Vaccination North-Western Provinces and Oudh 1896-1901 - 1896-1901
Year: 1896
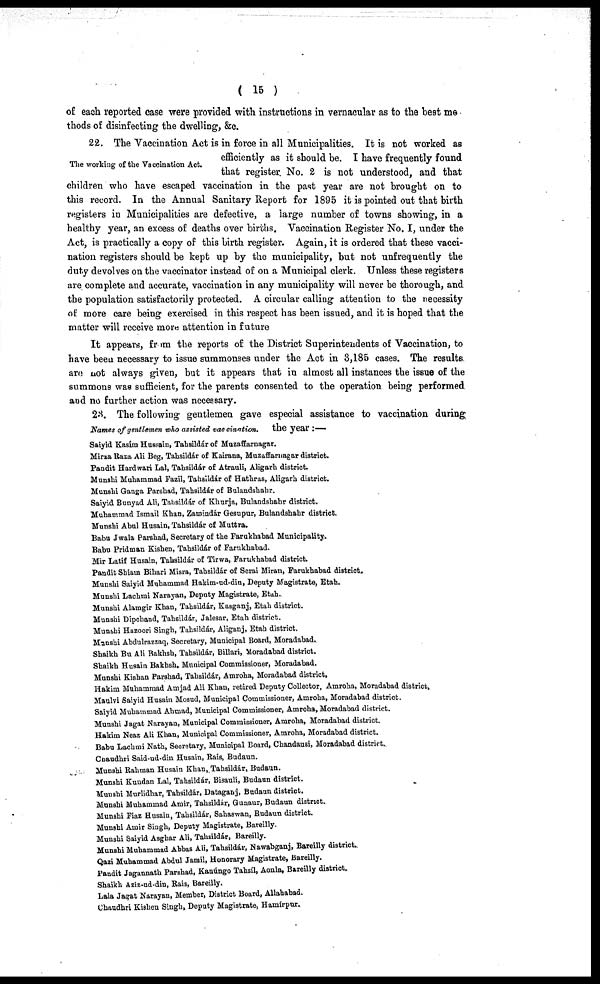
( 15 )
of each reported case were provided with instructions in vernacular as to the best me
thods of disinfecting the dwelling, &c.
The working of the Vaccination Act.
22. The Vaccination Act is in force in all Municipalities. It is not worked as
efficiently as it should be. I have frequently found
that register. No. 2 is not understood, and that
children who have escaped vaccination in the past year are not brought on to
this record. In the Annual Sanitary Report for 1895 it is pointed out that birth
registers in Municipalities are defective, a large number of towns showing, in a
healthy year, an excess of deaths over births. Vaccination Register No. I, under the
Act, is practically a copy of this birth register. Again, it is ordered that these vacci-
nation registers should be kept up by the municipality, but not unfrequently the
duty devolves on the vaccinator instead of on a Municipal clerk. Unless these registers
are complete and accurate, vaccination in any municipality will never be thorough, and
the population satisfactorily protected. A circular calling attention to the necessity
of more care being exercised in this respect has been issued, and it is hoped that the
matter will receive more attention in future
It appears, from the reports of the District Superintendents of Vaccination, to
have been necessary to issue summonses under the Act in 3,185 cases. The results
are not always given, but it appears that in almost all instances the issue of the
summons was sufficient, for the parents consented to the operation being performed
and no further action was necessary.
Names of gentlemen who assisted vaccination.
23. The following gentlemen gave especial assistance to vaccination during
the year:—
Saiyid Kasím Hussain, Tahsildár of Muzaffarnagar.
Mirza Raza Ali Beg, Tahsildár of Kairana, Muzaffarnagar district.
Pandit Hardwari Lal, Tahsildár of Atrauli, Aligarh district.
Munshi Muhammad Fazil, Tahsildár of Hathras, Aligarh district.
Munshi Ganga Parshad, Tahsildár of Bulandshahr.
Saiyid Bunyad Ali, Tahsildár of Khurja, Bulandshahr district.
Muhammad Ismail Khan, Zainindár Gesupur, Bulandshahr district.
Munshi Abul Husain, Tahsildár of Muttra.
Babu Jwala Parshad, Secretary of the Farukhabad Municipality.
Babu Pridman Kishen, Tahsildár of Farukhabad.
Mir Latif Husain, Tahsildár of Tirwa, Farukhabad district.
Pandit Shiam Bihari Misra, Tahsildár of Serai Miran, Farukhabad district.
Munshi Saiyid Muhammad Hakim-ud-din, Deputy Magistrate, Etah.
Munshi Lachmi Narayan, Deputy Magistrate, Etah.
Munshi Alamgir Khan, Tahsildár, Kasganj, Etah district.
Munshi Dipchand, Tahsildár, Jalesar, Etah district.
Munshi Hazoori Singh, Tahsildár, Aliganj, Etah district.
Munshi Abdulrazzaq, Secretary, Municipal Board, Moradabad.
Shaikh Bu Ali Bakhsh, Tahsildár, Billari, Moradabad district.
Shaikh Husain Bakhsh, Municipal Commissioner, Moradabad.
Munshi Kishan Parshad, Tahsildár, Amroha, Moradabad district.
Hakim Muhammad Amjad Ali Khan, retired Deputy Collector, Amroha, Moradabad district,
Maulvi Saiyid Husain Mosud, Municipal Commissioner, Amroha, Moradabad district.
Saiyid Muhammad Ahmad, Municipal Commissioner, Amroha, Moradabad district.
Munshi Jagat Narayan, Municipal Commissioner, Amroha, Moradabad district.
Hakim Neaz Ali Khan, Municipal Commissioner, Amroha, Moradabad district.
Babu Lachmi Nath, Secretary, Municipal Board, Chandausi, Moradabad district.
Chaudhri Said-ud-din Husain, Bais, Budaun.
Munshi Rahman Husain Khan, Tahsildár, Budaun.
Munshi Kundan Lal, Tahsildár, Bisauli, Budaun district.
Munshi Murlidhar, Tahsildár, Dataganj, Budaun district.
Munshi Muhammad Amir, Tahsildár, Gunaur, Budaun district.
Munshi Fiaz Husain, Tahsildár, Sahaswan, Budaun district.
Munshi Amir Singh, Deputy Magistrate, Bareilly.
Munshi Saiyid Asghar Ali, Tahsildár, Bareilly.
Munshi Muhammad Abbas Ali, Tahsildár, Nawabganj, Bareilly district.
Qazi Muhammad Abdul Jamil, Honorary Magistrate, Bareilly.
Pandit Jagannath Parshad, Kanúngo Tahsíl, Aonla, Bareilly district.
Shaikh Aziz-ud-din, Rais, Bareilly.
Lala Jagat Narayan, Member, District Board, Allahabad.
Chaudhri Kishen Singh, Deputy Magistrate, Hamírpur.